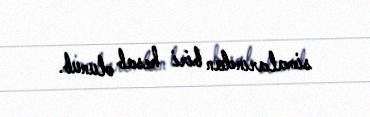
simalarından biri hesab olunub.